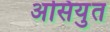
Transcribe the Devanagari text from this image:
असियुत